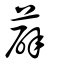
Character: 薜